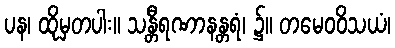
ပန၊ ထိုမှတပါး။ သန္တီရဏာနန္တရံ၊ ၌။ တမေဝဝိသယံ၊